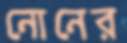
নোনের